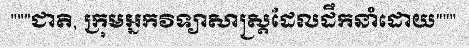
"""ជាតិ, ក្រុមអ្នកវិទ្យាសាស្ត្រដែលដឹកនាំដោយ"""